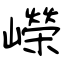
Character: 嶸